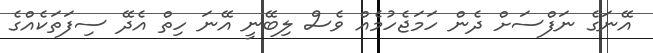
އޭނަގެ ނަފްސަށް ދެން ހަމަޖެހުމެއް ވެސް ލިބޭނީ އޭނަ ހިތް އެދޭ ސިފަތަކެއްގެ